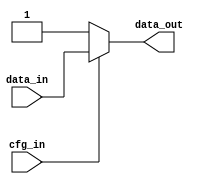
module CROSSPOINT #(
    parameter OP = "and"
)
(
    input data_in,
    input cfg_in,
    output data_out
);
    if (OP == "and") begin
        // the neutral element of an AND is the 1 - hence generate 1s at undesired positions.
        // we want a 1 when the cfg is 0. We want the value of data_in when the cfg is 1
        assign data_out = (cfg_in == 1'b1) ? data_in : 1'b1;
    end else if (OP == "or") begin
        // the neutral element of the OR is the 0 - hence generate 0s at undesired positions.
        // we want a 0 when the cfg is 0. We want the value of data in when the cfg is 1
        assign data_out = (cfg_in == 1'b1) ? data_in : 1'b0;
    end else begin 
        //Unspecified... this should not happen
    end
    
endmodule